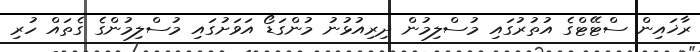
ރާޚައިން ސްޓޭޓްގެ އުތުރުގައި މުސްލިމުން ދިރިއުޅުނު މުންގަޑޯ އަވަށުގައި މުސްލިމުންގެ ގެތައް ހުރި